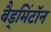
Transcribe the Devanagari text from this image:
बैड्मिंटॉन